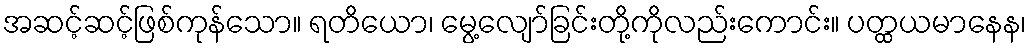
အဆင့်ဆင့်ဖြစ်ကုန်သော။ ရတိယော၊ မွေ့လျော်ခြင်းတို့ကိုလည်းကောင်း။ ပတ္ထယမာနေန၊